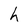
Character: h